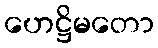
ဟေဋ္ဌိမတော